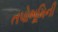
તપોભૂમિની